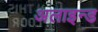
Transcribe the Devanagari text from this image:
अलाइन्ड